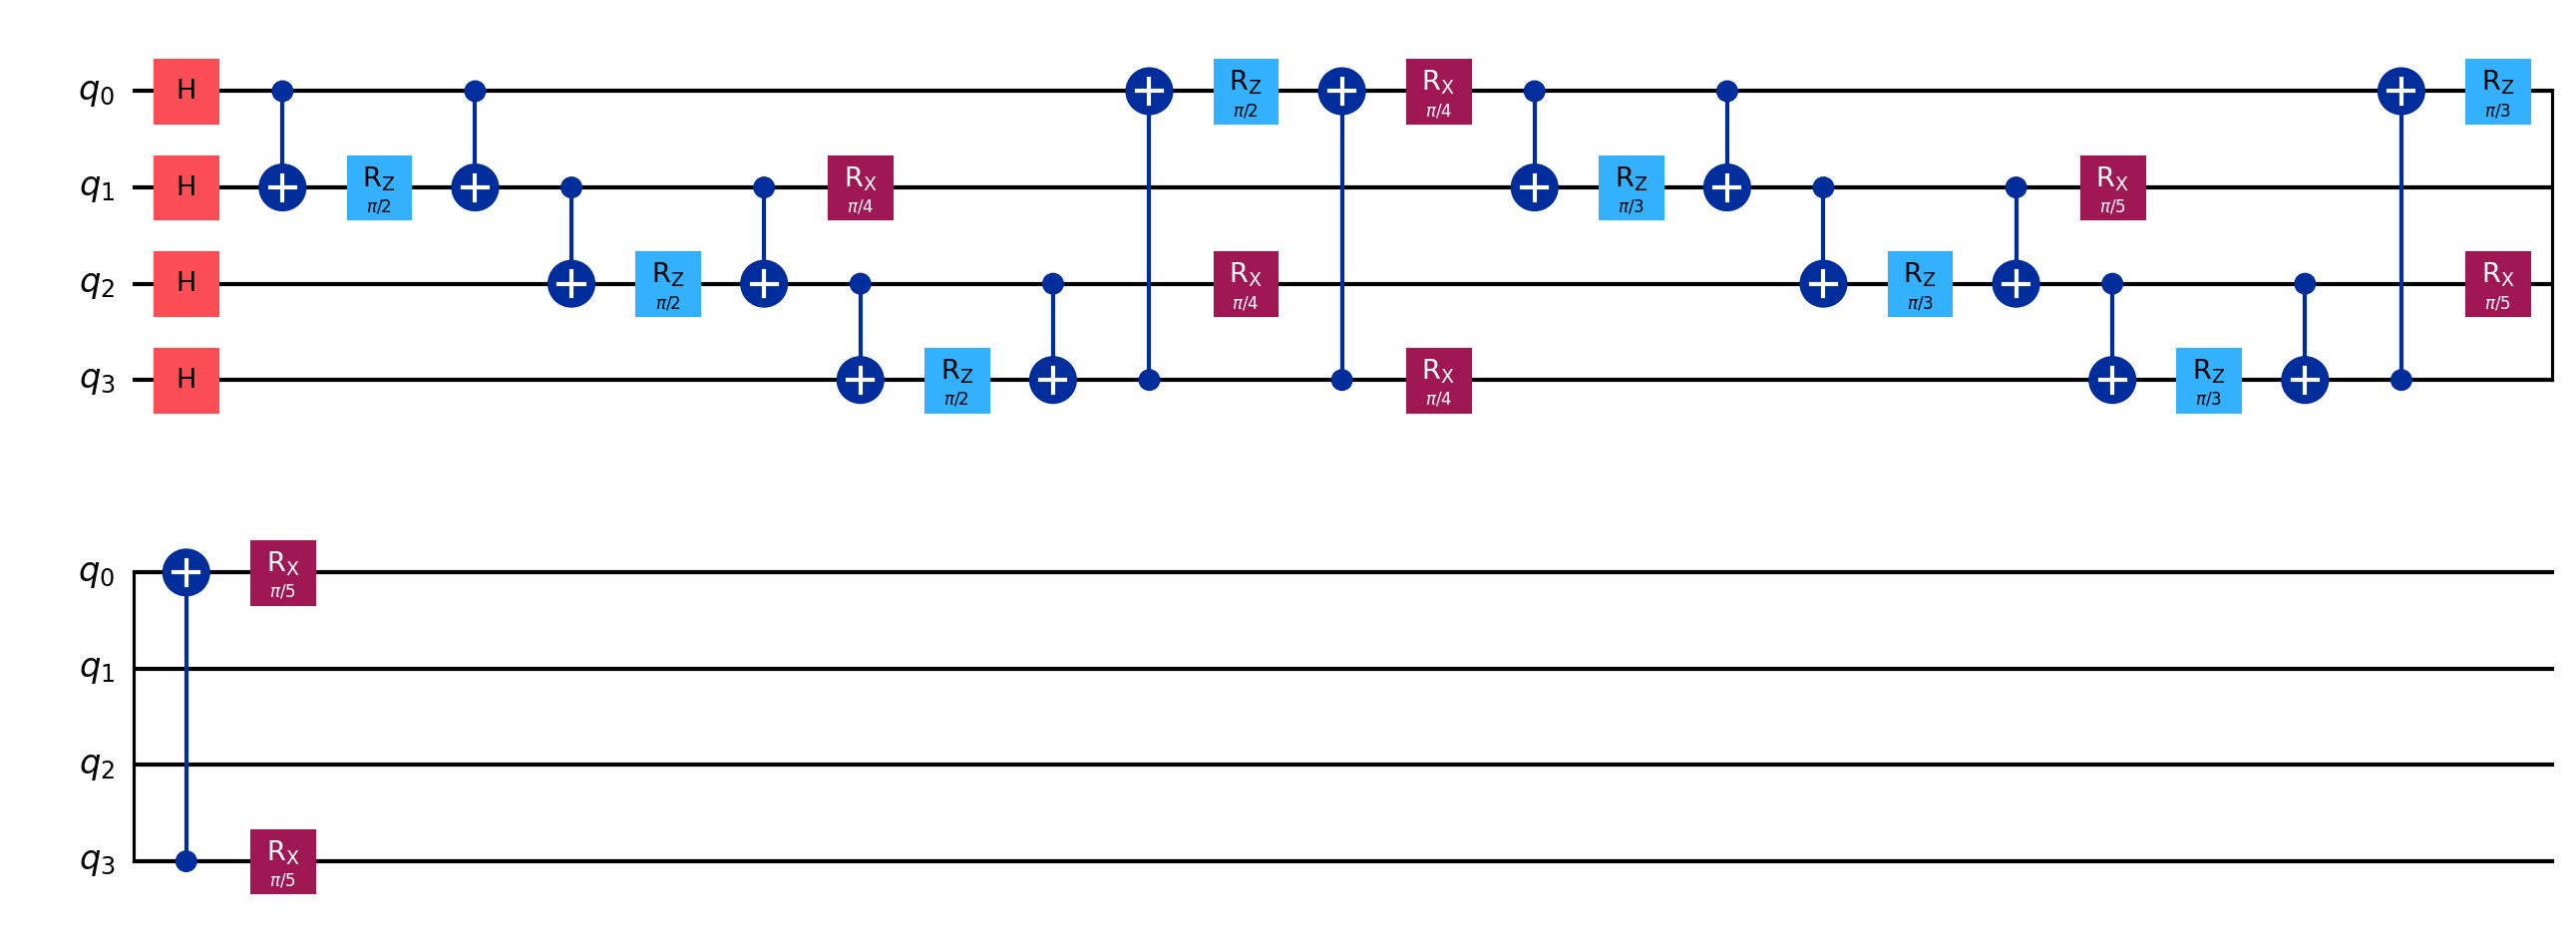
Description: QAOA 2-layer for MaxCut on 4-node ring
描述: 4节点环MaxCut的2层QAOA
Category: variational (difficulty: intermediate)
Qubits: 4, circuit depth: 27

Braket implementation:
import math
from braket.circuits import Circuit
circuit = Circuit()
for i in range(4):
    circuit.h(i)
for gamma, beta in [(math.pi/4, math.pi/8), (math.pi/6, math.pi/10)]:
    for i, j in [(0,1),(1,2),(2,3),(3,0)]:
        circuit.cnot(i, j)
        circuit.rz(j, 2 * gamma)
        circuit.cnot(i, j)
    for i in range(4):
        circuit.rx(i, 2 * beta)